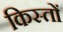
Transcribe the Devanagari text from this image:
किस्‍तों